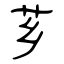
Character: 芗